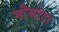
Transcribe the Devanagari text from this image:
मौसोदा